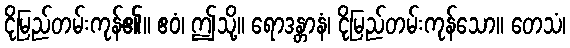
ငိုမြည်တမ်းကုန်၏။ ဧဝံ၊ ဤသို့။ ရောဒန္တာနံ၊ ငိုမြည်တမ်းကုန်သော။ တေသံ၊